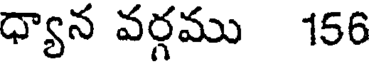
ధ్యాన వర్గము 156